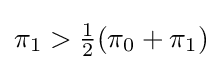
\pi _{1}>{\tfrac {1}{2}}(\pi _{0}+\pi _{1})